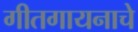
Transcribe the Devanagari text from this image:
गीतगायनाचे